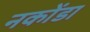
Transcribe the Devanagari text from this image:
नकोंडा